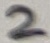
Text: 2